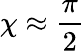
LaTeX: \chi\approx\frac{\pi}{2}